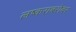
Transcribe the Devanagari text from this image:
लष्कराबरोबर